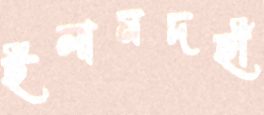
ইলামদহী